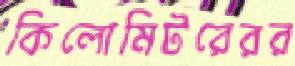
কিলোমিটরেরর